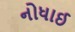
નોધાઈ